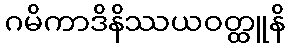
ဂမိကာဒိနိဿယဝတ္ထူနိ